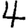
Digit: 4